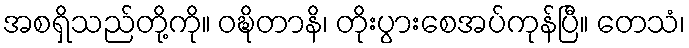
အစရှိသည်တို့ကို။ ဝဍ္ဎိတာနိ၊ တိုးပွားစေအပ်ကုန်ပြီ။ တေသံ၊